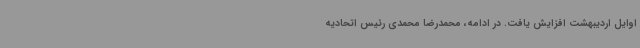
اوایل اردیبهشت افزایش یافت. در ادامه، محمدرضا محمدی رئیس اتحادیه